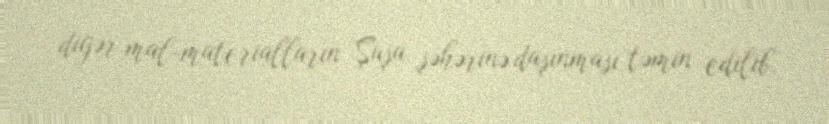
digər mal-materialların Şuşa şəhərinə daşınması təmin edilib.